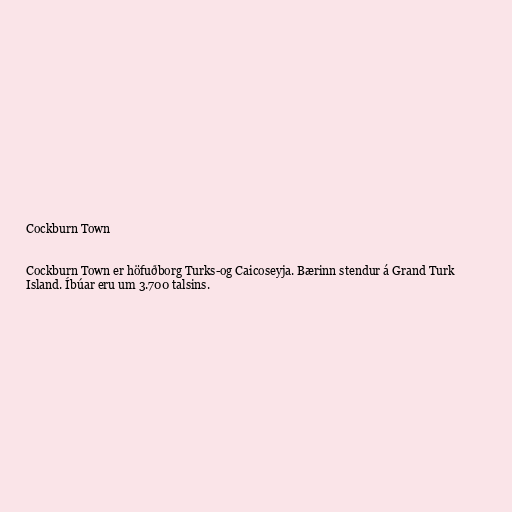
Cockburn Town

Cockburn Town er höfuðborg Turks-og Caicoseyja. Bærinn stendur á Grand Turk
Island. Íbúar eru um 3.700 talsins.